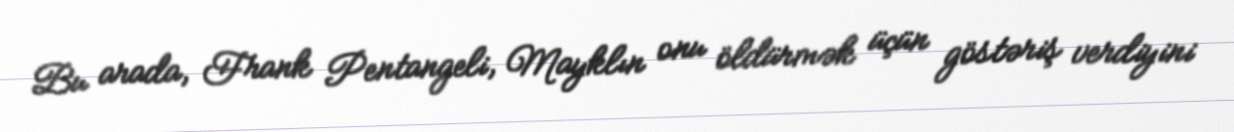
Bu arada, Frank Pentangeli, Mayklın onu öldürmək üçün göstəriş verdiyini